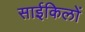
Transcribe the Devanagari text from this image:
साईकिलों